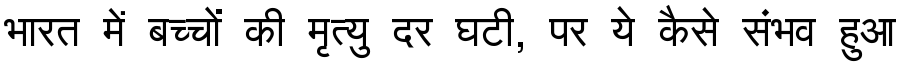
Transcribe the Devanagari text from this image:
भारत में बच्चों की मृत्यु दर घटी, पर ये कैसे संभव हुआ